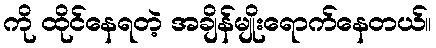
ကို ထိုင်နေရတဲ့ အချိန်မျိုးရောက်နေတယ်။